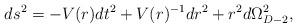
LaTeX: \begin{align*}ds^2 = -V(r) dt^2 + V(r)^{-1}dr^2 + r^2 d\Omega_{D-2}^2, \end{align*}